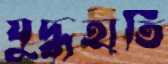
যুদ্ধহাতি